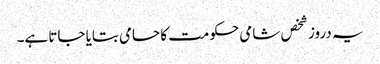
یہ دروز شخص شامی حکومت کا حامی بتایا جاتا ہے۔